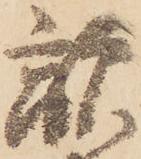
敵